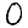
Digit: 0